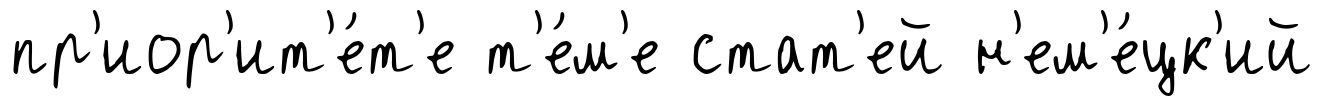
пр'иор'ит'е́т'е т'е́м'е стат'ей н'ем'е́цк'ий